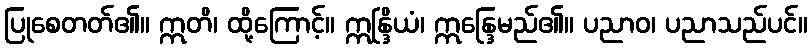
ပြုစေတတ်၏။ ဣတိ၊ ထို့ကြောင့်။ ဣန္ဒြိယံ၊ ဣန္ဒြေမည်၏။ ပညာဝ၊ ပညာသည်ပင်။